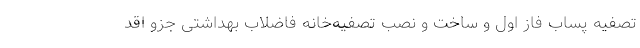
تصفیه پساب فاز اول و ساخت و نصب تصفیه‌خانه فاضلاب بهداشتی جزو اقد